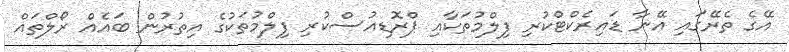
އޭގެ ތެރޭގައި އޭނާ ޑައިރެކްޓްކުރި ފިލްމުތަކާއި ޕްރޮޑިއުސްކުރި ފިލްމުތަކުގެ އިތުރުން ބައެއް ރޯލްތައް